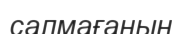
салмағанын